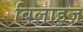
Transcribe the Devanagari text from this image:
बिलाइज़